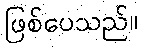
ဖြစ်ပေသည်။